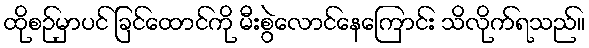
ထိုစဉ်မှာပင် ခြင်ထောင်ကို မီးစွဲလောင်နေကြောင်း သိလိုက်ရသည်။